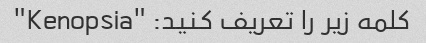
کلمه زیر را تعریف کنید: "Kenopsia"